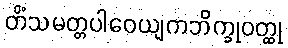
တိံသမတ္တပါဝေယျကဘိက္ခုဝတ္ထု